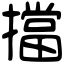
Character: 擋